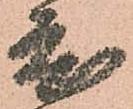
度